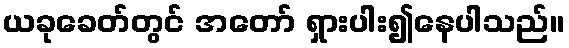
ယခုခေတ်တွင် အတော် ရှားပါး၍နေပါသည်။